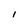
Character: I